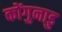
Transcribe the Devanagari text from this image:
कोंगुनाडु